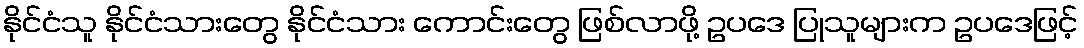
နိုင်ငံသူ နိုင်ငံသားတွေ နိုင်ငံသား ကောင်းတွေ ဖြစ်လာဖို့ ဥပဒေ ပြုသူများက ဥပဒေဖြင့်